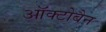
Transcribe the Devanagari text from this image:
ऑक्टोबैन